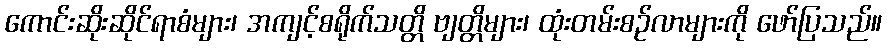
ကောင်းဆိုးဆိုင်ရာစံများ၊ အကျင့်စရိုက်သတ္တိ ဗျတ္တိများ၊ ထုံးတမ်းစဉ်လာများကို ဖော်ပြသည်။